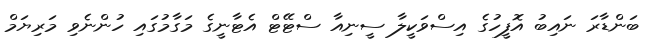
ބަންޑާރަ ނައިބު އޮފީހުގެ އިސްވަކީލާ ސީނިއާ ސްޓޭޓް އެޓާނީގެ މަގާމުގައި ހުންނެވި މަރިޔަމް